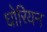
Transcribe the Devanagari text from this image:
घोरियन